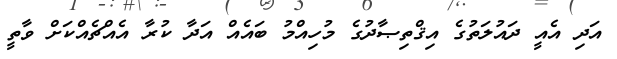
އަދި އެއީ ދައުލަތުގެ އިޤްތިޞާދުގެ މުހިއްމު ބައެއް އަދާ ކުރާ އެއްޗެއްކަށް ވާތީ